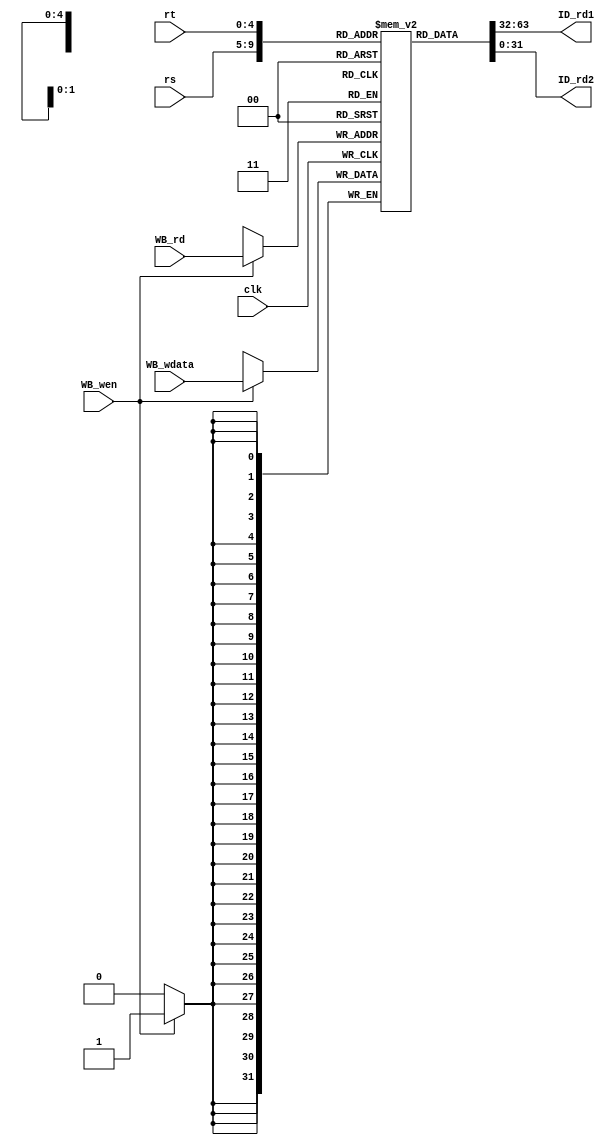
`ifndef _reg_file_v_
`define _reg_file_v_
`endif

module reg_file(clk, rs, rt, WB_rd, WB_wdata, WB_wen, ID_rd1, ID_rd2);

  input wire clk, WB_wen;
  input wire [4:0] rs, rt, WB_rd;
  input wire [31:0] WB_wdata;
  output wire [31:0] ID_rd1, ID_rd2;
  
  reg [31:0] reg_data [31:0];
  
  integer i;
  
  assign ID_rd1 = reg_data[rs];
  assign ID_rd2 = reg_data[rt];
  
  initial begin
          for (i = 0; i < 32; i = i + 1)
                reg_data[i] <= i;
  end
  
  always @(posedge clk) begin
    if (WB_wen) reg_data[WB_rd] <= WB_wdata;
  end
  
endmodule